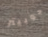
جوبيتر